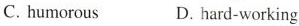
C. humorous D. hard-working